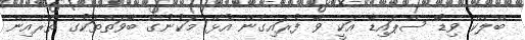
ބްލެކް ވިޑޯ ސްޕައިޑާ އަކީ ވާ ފުރައިގެން އުޅޭ މަކުނުގެ ބާވަތްތަކުގެ ތެރެއިން